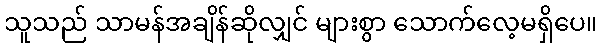
သူသည် သာမန်အချိန်ဆိုလျှင် များစွာ သောက်လေ့မရှိပေ။